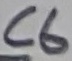
Text: C6